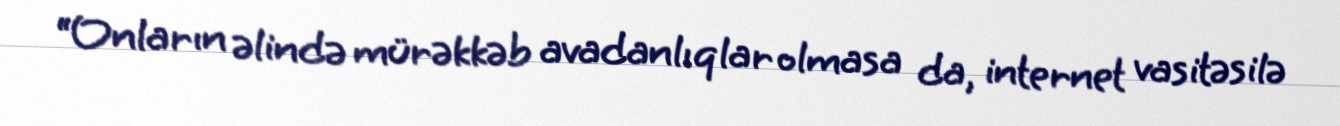
“Onların əlində mürəkkəb avadanlıqlar olmasa da, internet vasitəsilə